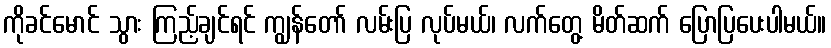
ကိုခင်မောင် သွား ကြည့်ချင်ရင် ကျွန်တော် လမ်းပြ လုပ်မယ်၊ လက်တွေ့ မိတ်ဆက် ပြောပြပေးပါမယ်။